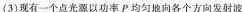
(3)现有一个点光源以功率P均匀地向各个方向发射波